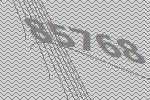
85768